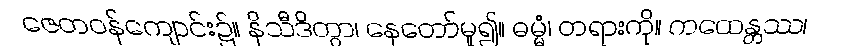
ဇေတဝန်ကျောင်း၌။ နိသီဒိတွာ၊ နေတော်မူ၍။ ဓမ္မံ၊ တရားကို။ ကထေန္တဿ၊